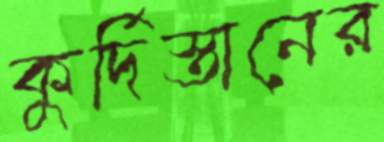
কুর্দিস্তানের